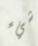
شيء